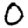
Digit: 0